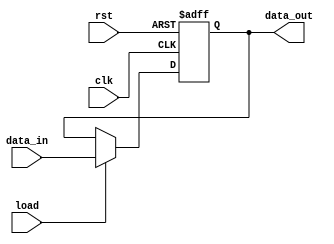
module instruction_register(data_out,data_in,load,clk,rst);
parameter word_size=16;
output [word_size-1:0] data_out;
input [word_size-1:0] data_in;
input load,clk,rst;
reg data_out;

always@(posedge clk or negedge rst)
if(rst==0)
data_out <= 0;
else if(load)
data_out <= data_in;
endmodule